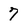
Character: 7